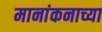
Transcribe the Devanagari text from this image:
मानांकनाच्या